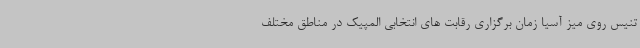
تنیس روی میز آسیا زمان برگزاری رقابت های انتخابی المپیک در مناطق مختلف